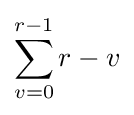
\sum _{v=0}^{r-1}{r-v}